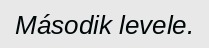
Második levele.